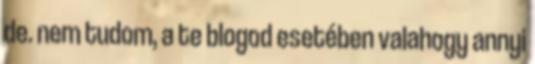
de. nem tudom, a te blogod esetében valahogy annyi